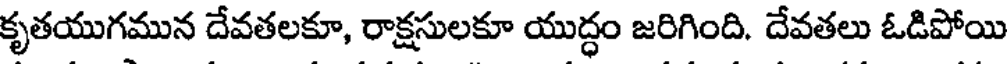
కృతయుగమున దేవతలకూ, రాక్షసులకూ యుద్ధం జరిగింది. దేవతలు ఓడిపోయి